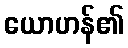
ယောဟန်၏